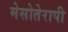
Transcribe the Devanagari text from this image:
मेसोतेरापी